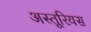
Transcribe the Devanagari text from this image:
अस्तूरियस